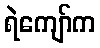
ရဲကျော်က